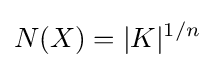
N(X)=|K|^{1/n}